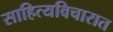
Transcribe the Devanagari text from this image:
साहित्यविचारात